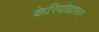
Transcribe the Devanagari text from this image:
केरियोग्राफर